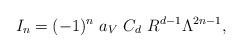
\begin{align*}I_n=(-1)^n~a_V~C_d~R^{d-1} \Lambda^{2n-1},\end{align*}